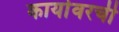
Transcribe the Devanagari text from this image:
कार्यावरची